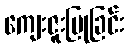
ကျေးဇူးပြုခြင်း